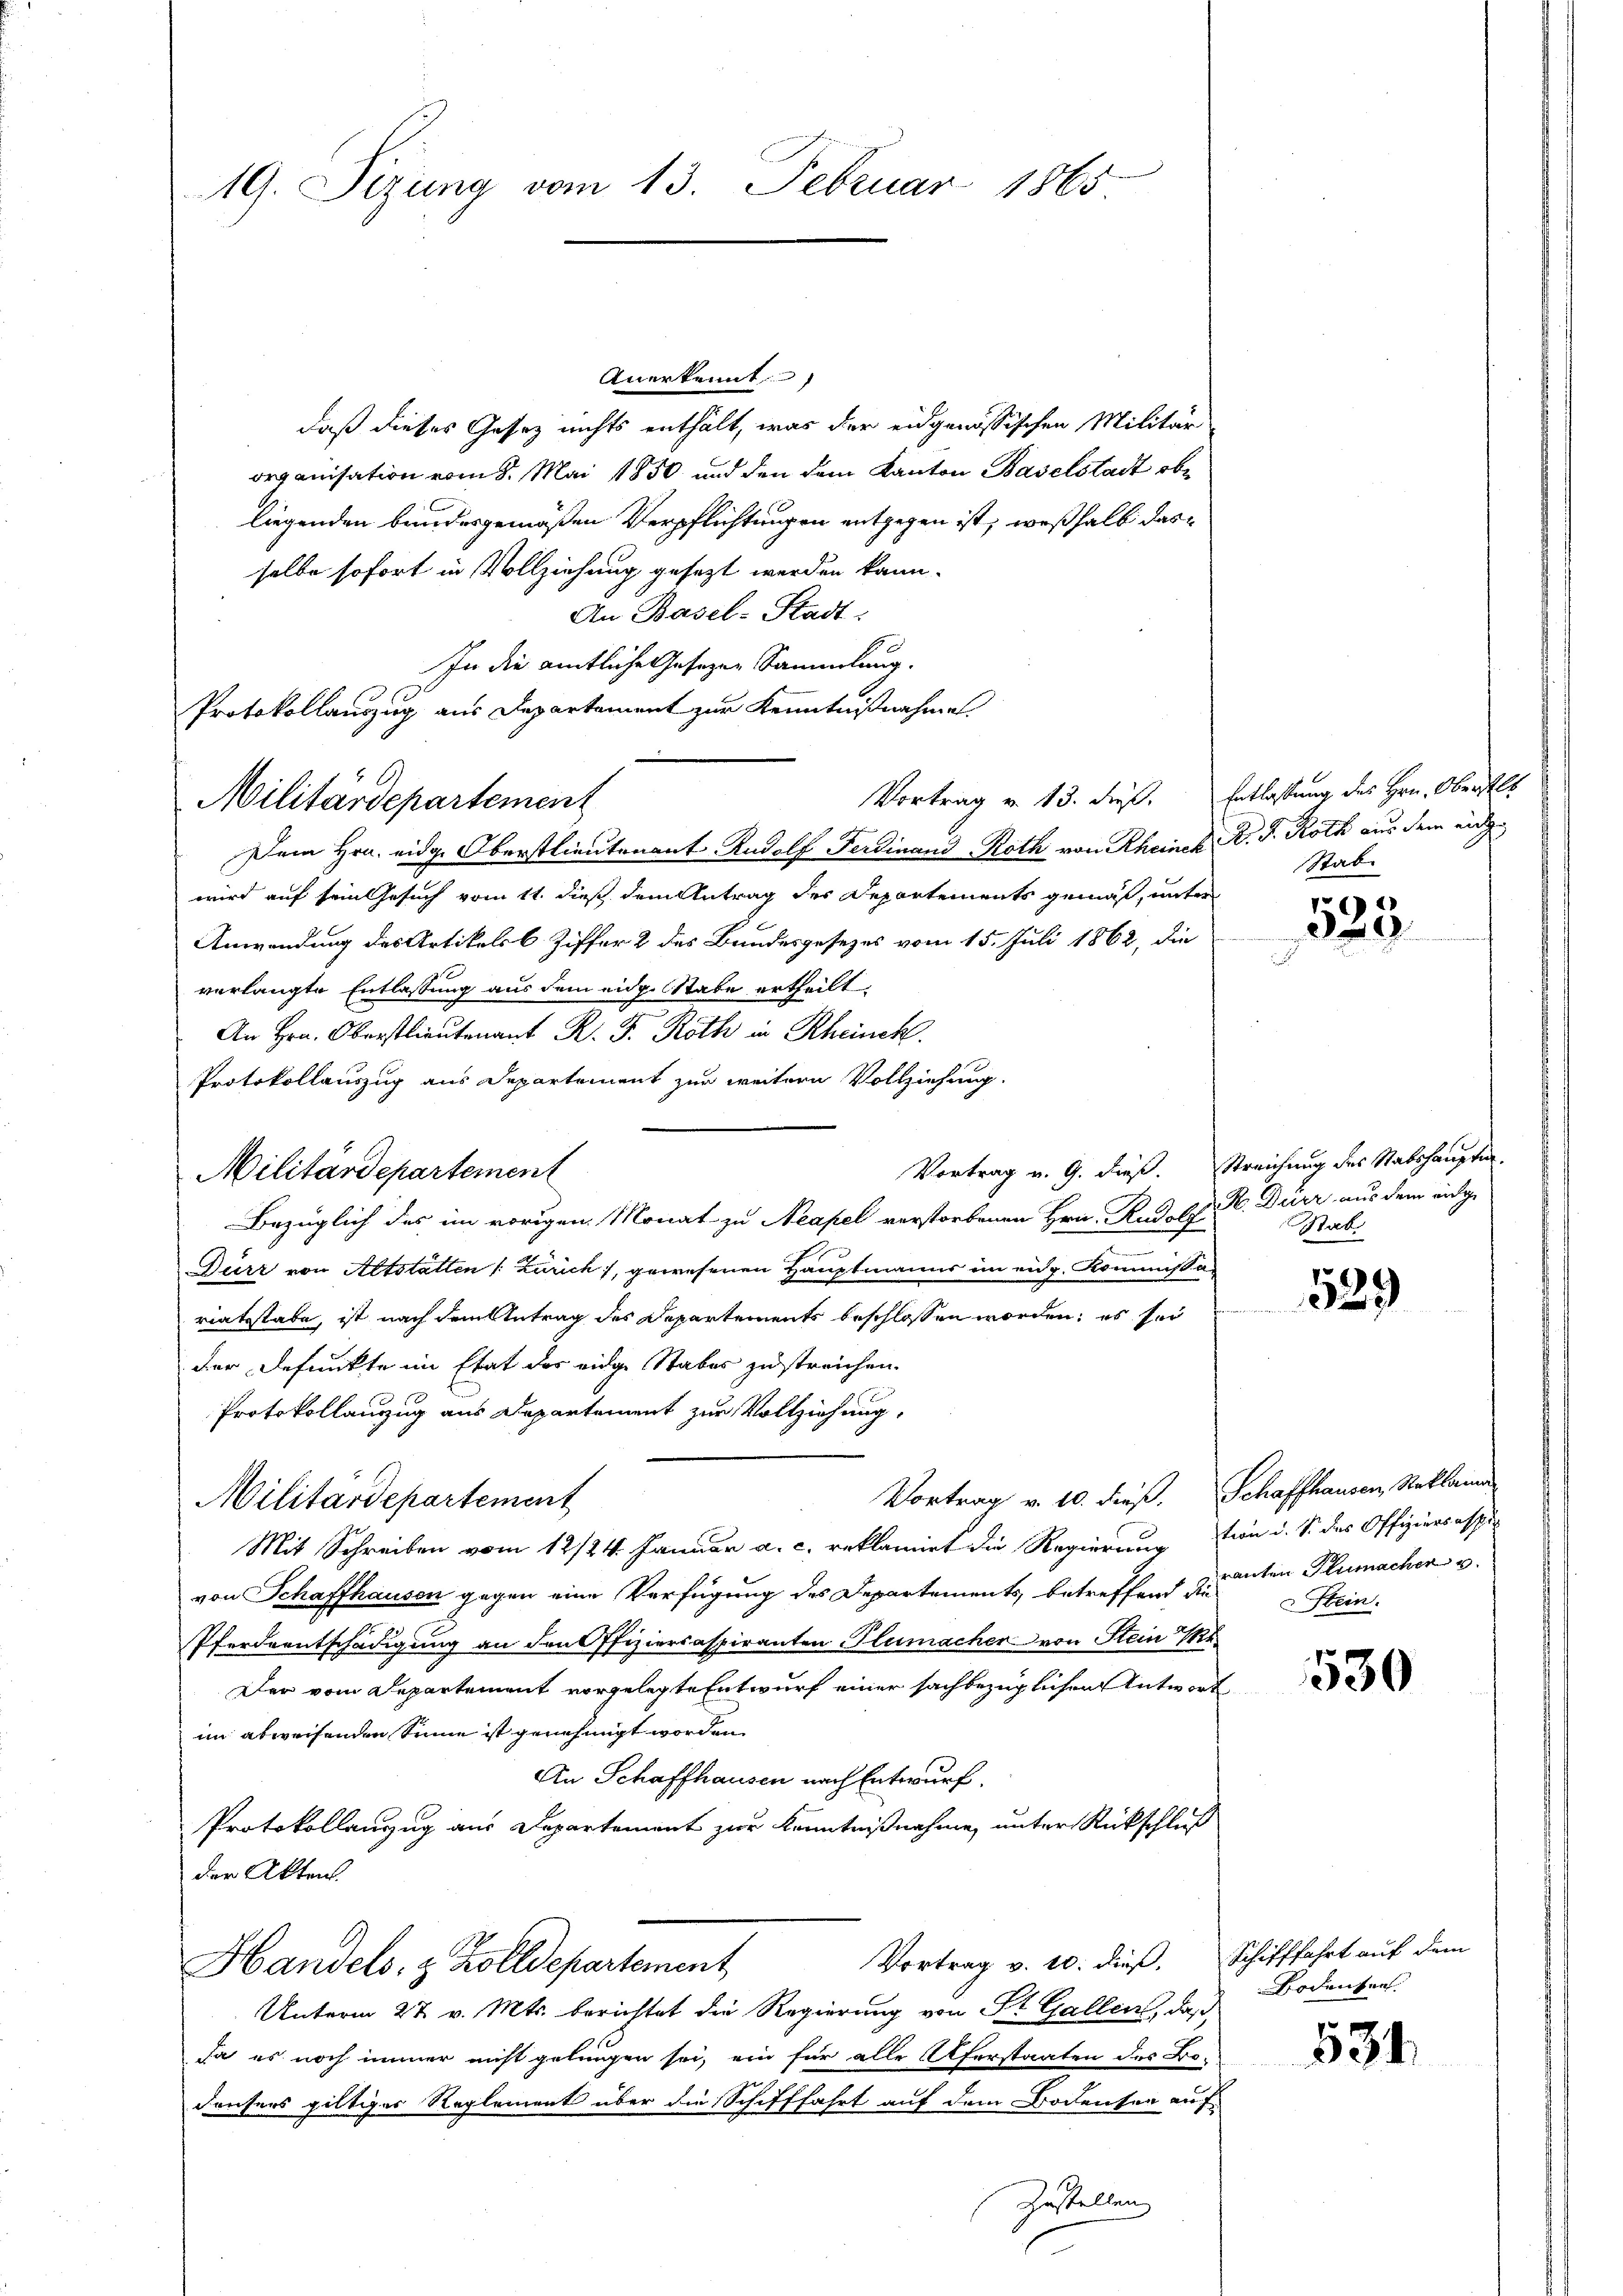
19. Sizung vom 13. Februar 1865

Anerkennt
daß dieses Gesetz nichts enthält, was der eidgenössischen Militär
organisation vom 8. Mai 1850 und den dem Kanton Baselstadt obe
liegenden bundesgemäßen Verpflichtungen entgegen ist, weßhalb dasselbe sofort in Vollziehung gesezt werden kann.
An Basel-Stadt:
In die amtliche Gesezen Sammlung.
Protokollauszug aus Departement zur Kenntnißnahmen
Dem Hrn. eidg. Oberstlieutenant Rudolf Ferdinand Roth von Rheinch R. G. Roth aus dem eidge
wird auf sein Gesuch vom 11. dieß dem Antrag des Departements gemäß, unter
Anwendung des Artikels 6 Ziffer 2 des Bundesgesezes vom 15. Juli 1862, die
verlangte Entlassung aus dem eidg. Stabe ertheilt,
An Hrn. Oberstlieutenant R. F. Roth in Rheinck.
Protokollauszug aus Departement zur weitern Vollziehung.
Vortrag u. G. dieß. Streichung des Stabshaupte
Bezüglich des im vorigen Monat zu Neapel verstorbenen Hrn. R. d. M. D. Dürr aus dem eidge
Durz von Altstatten /: Zürich, gewesenen Hauptmanns im eidg. Kommißariatsstabe, ist nach dem Antrag des Departements beschlossen worden; es sei
der Befunkte im Etat des eidge Staber zustreichen.
Protokollanzug aus Departement zur Vollziehung,
Vortrag v. 10. dieß. Schaffhausen, Reklama
Militärdepartement
Mit Schreiben vom 12/24. Januar a. c. reklamiet die Regierung
von Schaffhausen gegen eine Verfügung des Departements, betreffend Kraten Plumacher u.
Pferdentschädigung an den Offiziersaspiranten Flumacher von Stein
Der vom Departement vorgelegte Entwurf einer sachbezüglichen Antwort
im abweisenden Sinne ist genehmigt worden.
An Schaffhausen nach Entwurf.
Protokollanzug aus Departement zur Kenntnißnahme unter Rückschluß
der Akten.
Vortrag v. 10. dieß,
Handels- & Zolldepartement
Unterm 27. v. Mts. berichtet die Regierung von St. Gallen, daß
Ja es noch immer nicht gelungen sei, ein für alle Uferstaaten des Bo-
densers giltiges Reglement über die Schifffahrt auf dem Bodensen auf

Militärdepartement

Militärdepartement

Zustellen

Vortrag v. 13. die Entlassung des Hrn. Oberals
Stab

.

16
359

ak

1.41
329

tion u. S. des Offiziersasse
Stein.

530

Schifffahrt auf dem
Bodenten.

534